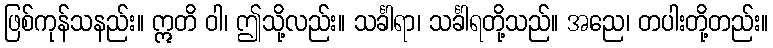
ဖြစ်ကုန်သနည်း။ ဣတိ ဝါ၊ ဤသို့လည်း။ သင်္ခါရာ၊ သင်္ခါရတို့သည်။ အညေ၊ တပါးတို့တည်း။